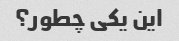
این یکی چطور؟